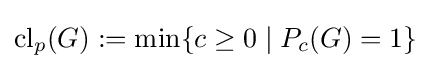
\mathrm {cl} _{p}(G):=\min \lbrace c\geq 0\mid P_{c}(G)=1\rbrace